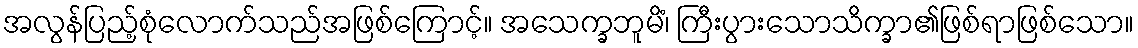
အလွန်ပြည့်စုံလောက်သည်အဖြစ်ကြောင့်။ အသေက္ခဘူမိံ၊ ကြီးပွားသောသိက္ခာ၏ဖြစ်ရာဖြစ်သော။